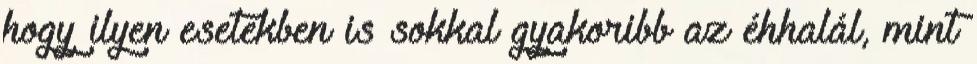
hogy ilyen esetekben is sokkal gyakoribb az éhhalál, mint